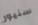
سنيور